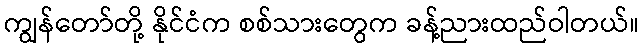
ကျွန်တော်တို့ နိုင်ငံက စစ်သားတွေက ခန့်ညားထည်ဝါတယ်။